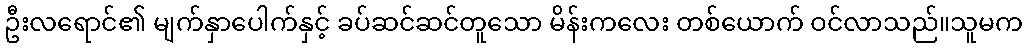
ဦးလရောင်၏ မျက်နှာပေါက်နှင့် ခပ်ဆင်ဆင်တူသော မိန်းကလေး တစ်ယောက် ဝင်လာသည်။သူမက